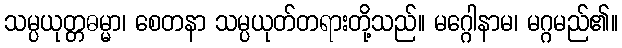
သမ္ပယုတ္တဓမ္မာ၊ စေတနာ သမ္ပယုတ်တရားတို့သည်။ မဂ္ဂေါနာမ၊ မဂ္ဂမည်၏။